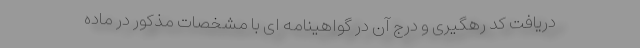
دریافت کد رهگیری و درج آن در گواهینامه ای با مشخصات مذکور در ماده